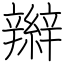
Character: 辮